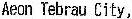
AEON TEBRAU CITY,